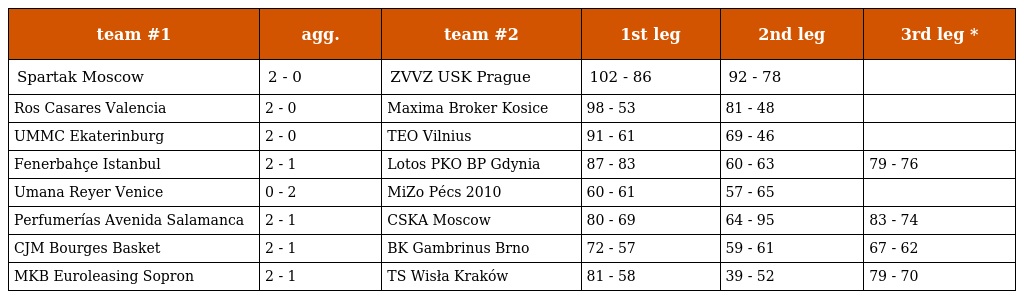
| team #1 | agg. | team #2 | 1st leg | 2nd leg | 3rd leg * |
 | --- | --- | --- | --- | --- | --- |
 | Spartak Moscow | 2 - 0 | ZVVZ USK Prague | 102 - 86 | 92 - 78 |  |
 | Ros Casares Valencia | 2 - 0 | Maxima Broker Kosice | 98 - 53 | 81 - 48 |  |
 | UMMC Ekaterinburg | 2 - 0 | TEO Vilnius | 91 - 61 | 69 - 46 |  |
 | Fenerbahçe Istanbul | 2 - 1 | Lotos PKO BP Gdynia | 87 - 83 | 60 - 63 | 79 - 76 |
 | Umana Reyer Venice | 0 - 2 | MiZo Pécs 2010 | 60 - 61 | 57 - 65 |  |
 | Perfumerías Avenida Salamanca | 2 - 1 | CSKA Moscow | 80 - 69 | 64 - 95 | 83 - 74 |
 | CJM Bourges Basket | 2 - 1 | BK Gambrinus Brno | 72 - 57 | 59 - 61 | 67 - 62 |
 | MKB Euroleasing Sopron | 2 - 1 | TS Wisła Kraków | 81 - 58 | 39 - 52 | 79 - 70 |